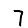
Digit: 7